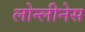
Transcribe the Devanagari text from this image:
लोन्लीनेस